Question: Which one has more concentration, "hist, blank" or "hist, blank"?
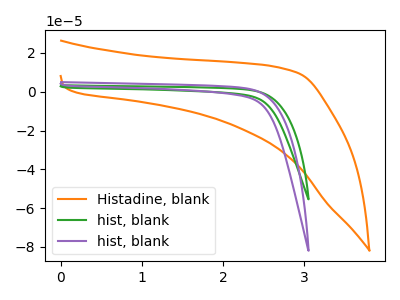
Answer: <think>The orange curve "Histadine, blank" has no peaks. The green curve "hist, blank" has no peaks. The purple curve "hist, blank" has no peaks.
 Neither "hist, blank" or "hist, blank" have any peaks.</think>
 <answer>I cant tell if "hist, blank" or "hist, blank" has higher concentration.</answer>
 <eval>mixed_concentration</eval>